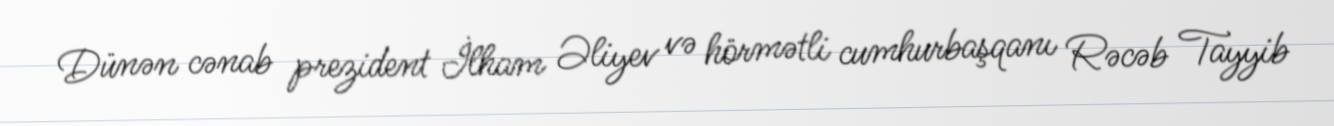
Dünən cənab prezident İlham Əliyev və hörmətli cumhurbaşqanı Rəcəb Tayyib